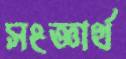
সংজ্ঞার্থ